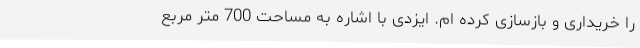
را خریداری و بازسازی کرده ام. ایزدی با اشاره به مساحت 700 متر مربع